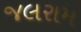
જલરામ